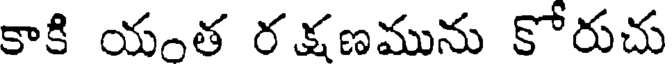
కాకి యంత రక్షణమును కోరుచు